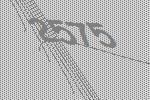
2575